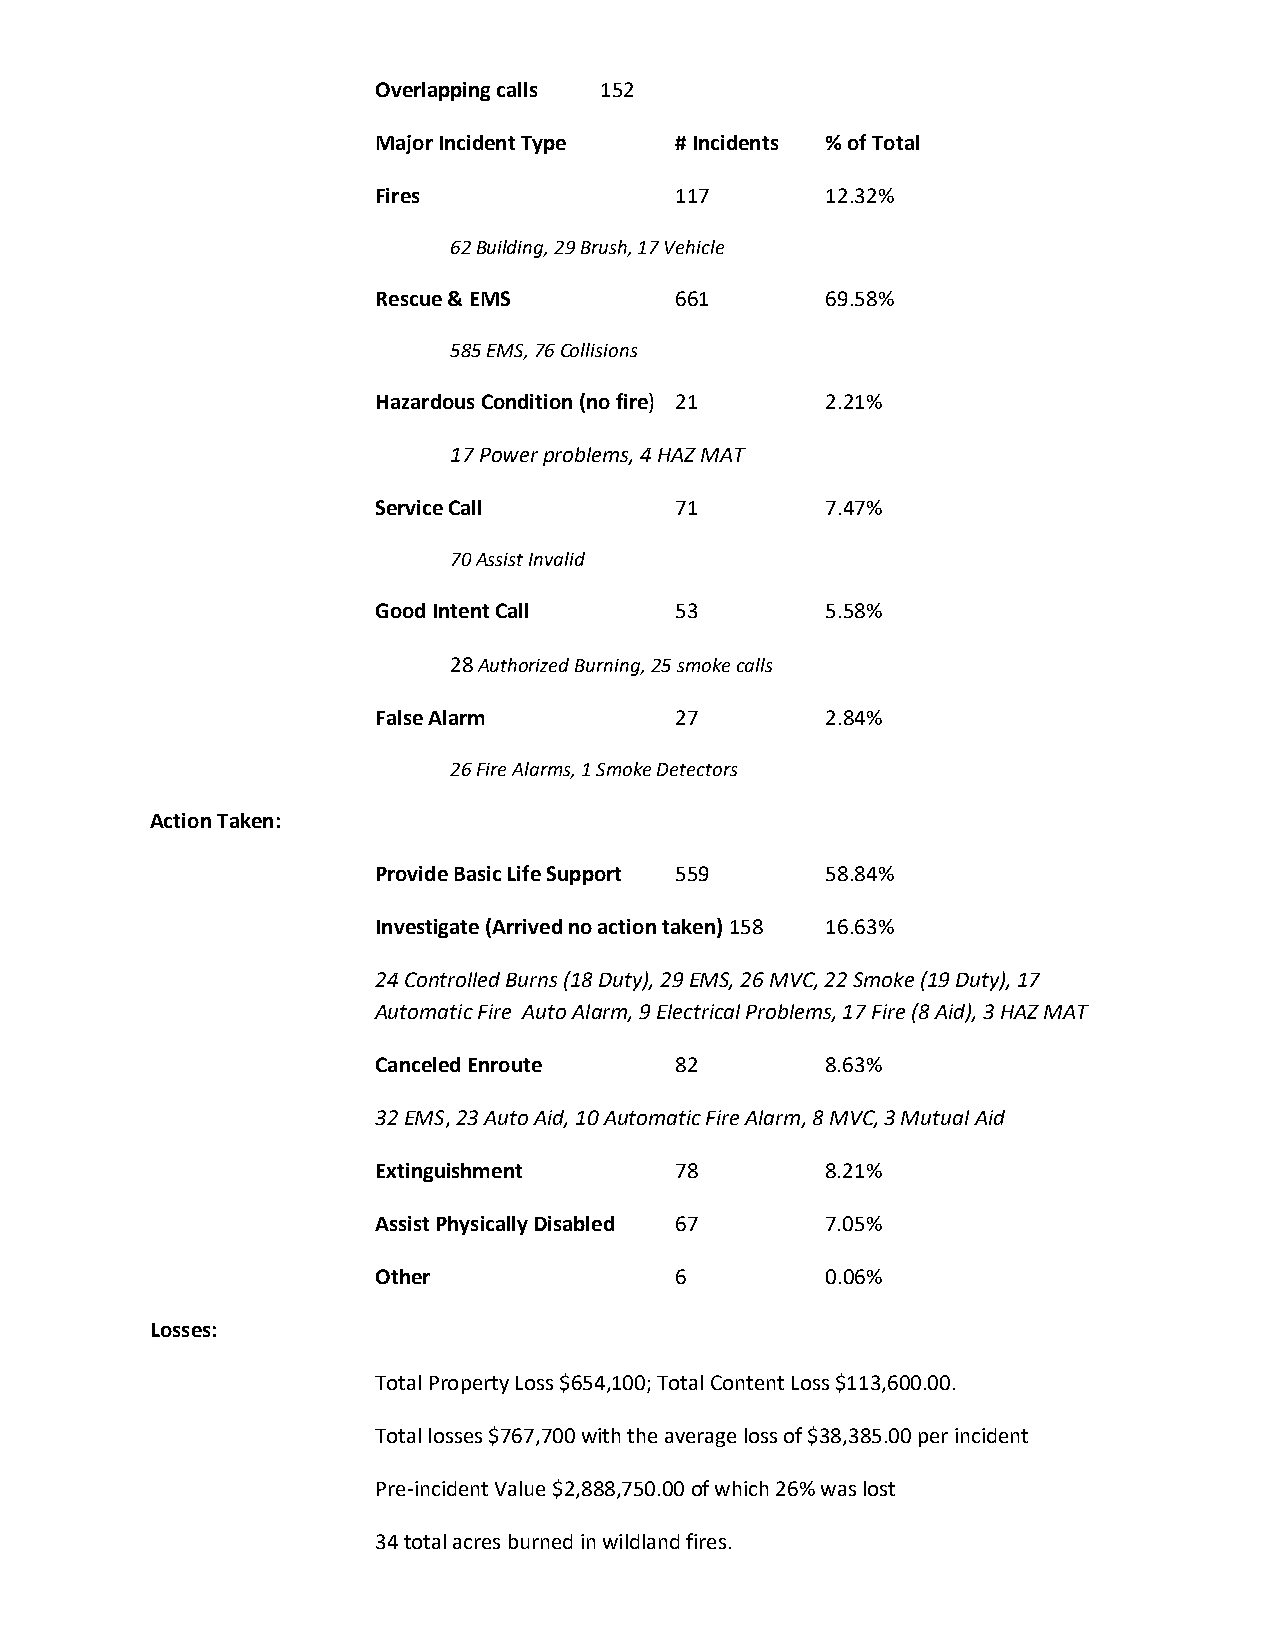
Overlapping calls 152
 Major Incident Type # Incidents % of Total
 Fires               117       12.32%
 62 Building, 29 Brush, 17 Vehicle
 Rescue & EMS        661       69.58%
 585 EMS, 76 Collisions
 Hazardous Condition (no fire) 21 2.21%
 17 Power problems, 4 HAZ MAT
 Service Call        71        7.47%
 70 Assist Invalid
 Good Intent Call    53        5.58%
 28 Authorized Burning, 25 smoke calls
 False Alarm         27        2.84%
 26 Fire Alarms, 1 Smoke Detectors
 Action Taken:
 Provide Basic Life Support 559 58.84%
 Investigate (Arrived no action taken) 158 16.63%
 24 Controlled Burns (18 Duty), 29 EMS, 26 MVC, 22 Smoke (19 Duty), 17
 Automatic Fire Auto Alarm, 9 Electrical Problems, 17 Fire (8 Aid), 3 HAZ MAT
 Canceled Enroute    82        8.63%
 32 EMS, 23 Auto Aid, 10 Automatic Fire Alarm, 8 MVC, 3 Mutual Aid
 Extinguishment      78        8.21%
 Assist Physically Disabled 67 7.05%
 Other               6         0.06%
 Losses:
 Total Property Loss $654,100; Total Content Loss $113,600.00.
 Total losses $767,700 with the average loss of $38,385.00 per incident
 Pre-incident Value $2,888,750.00 of which 26% was lost
 34 total acres burned in wildland fires.